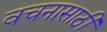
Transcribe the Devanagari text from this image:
वचनासाठी